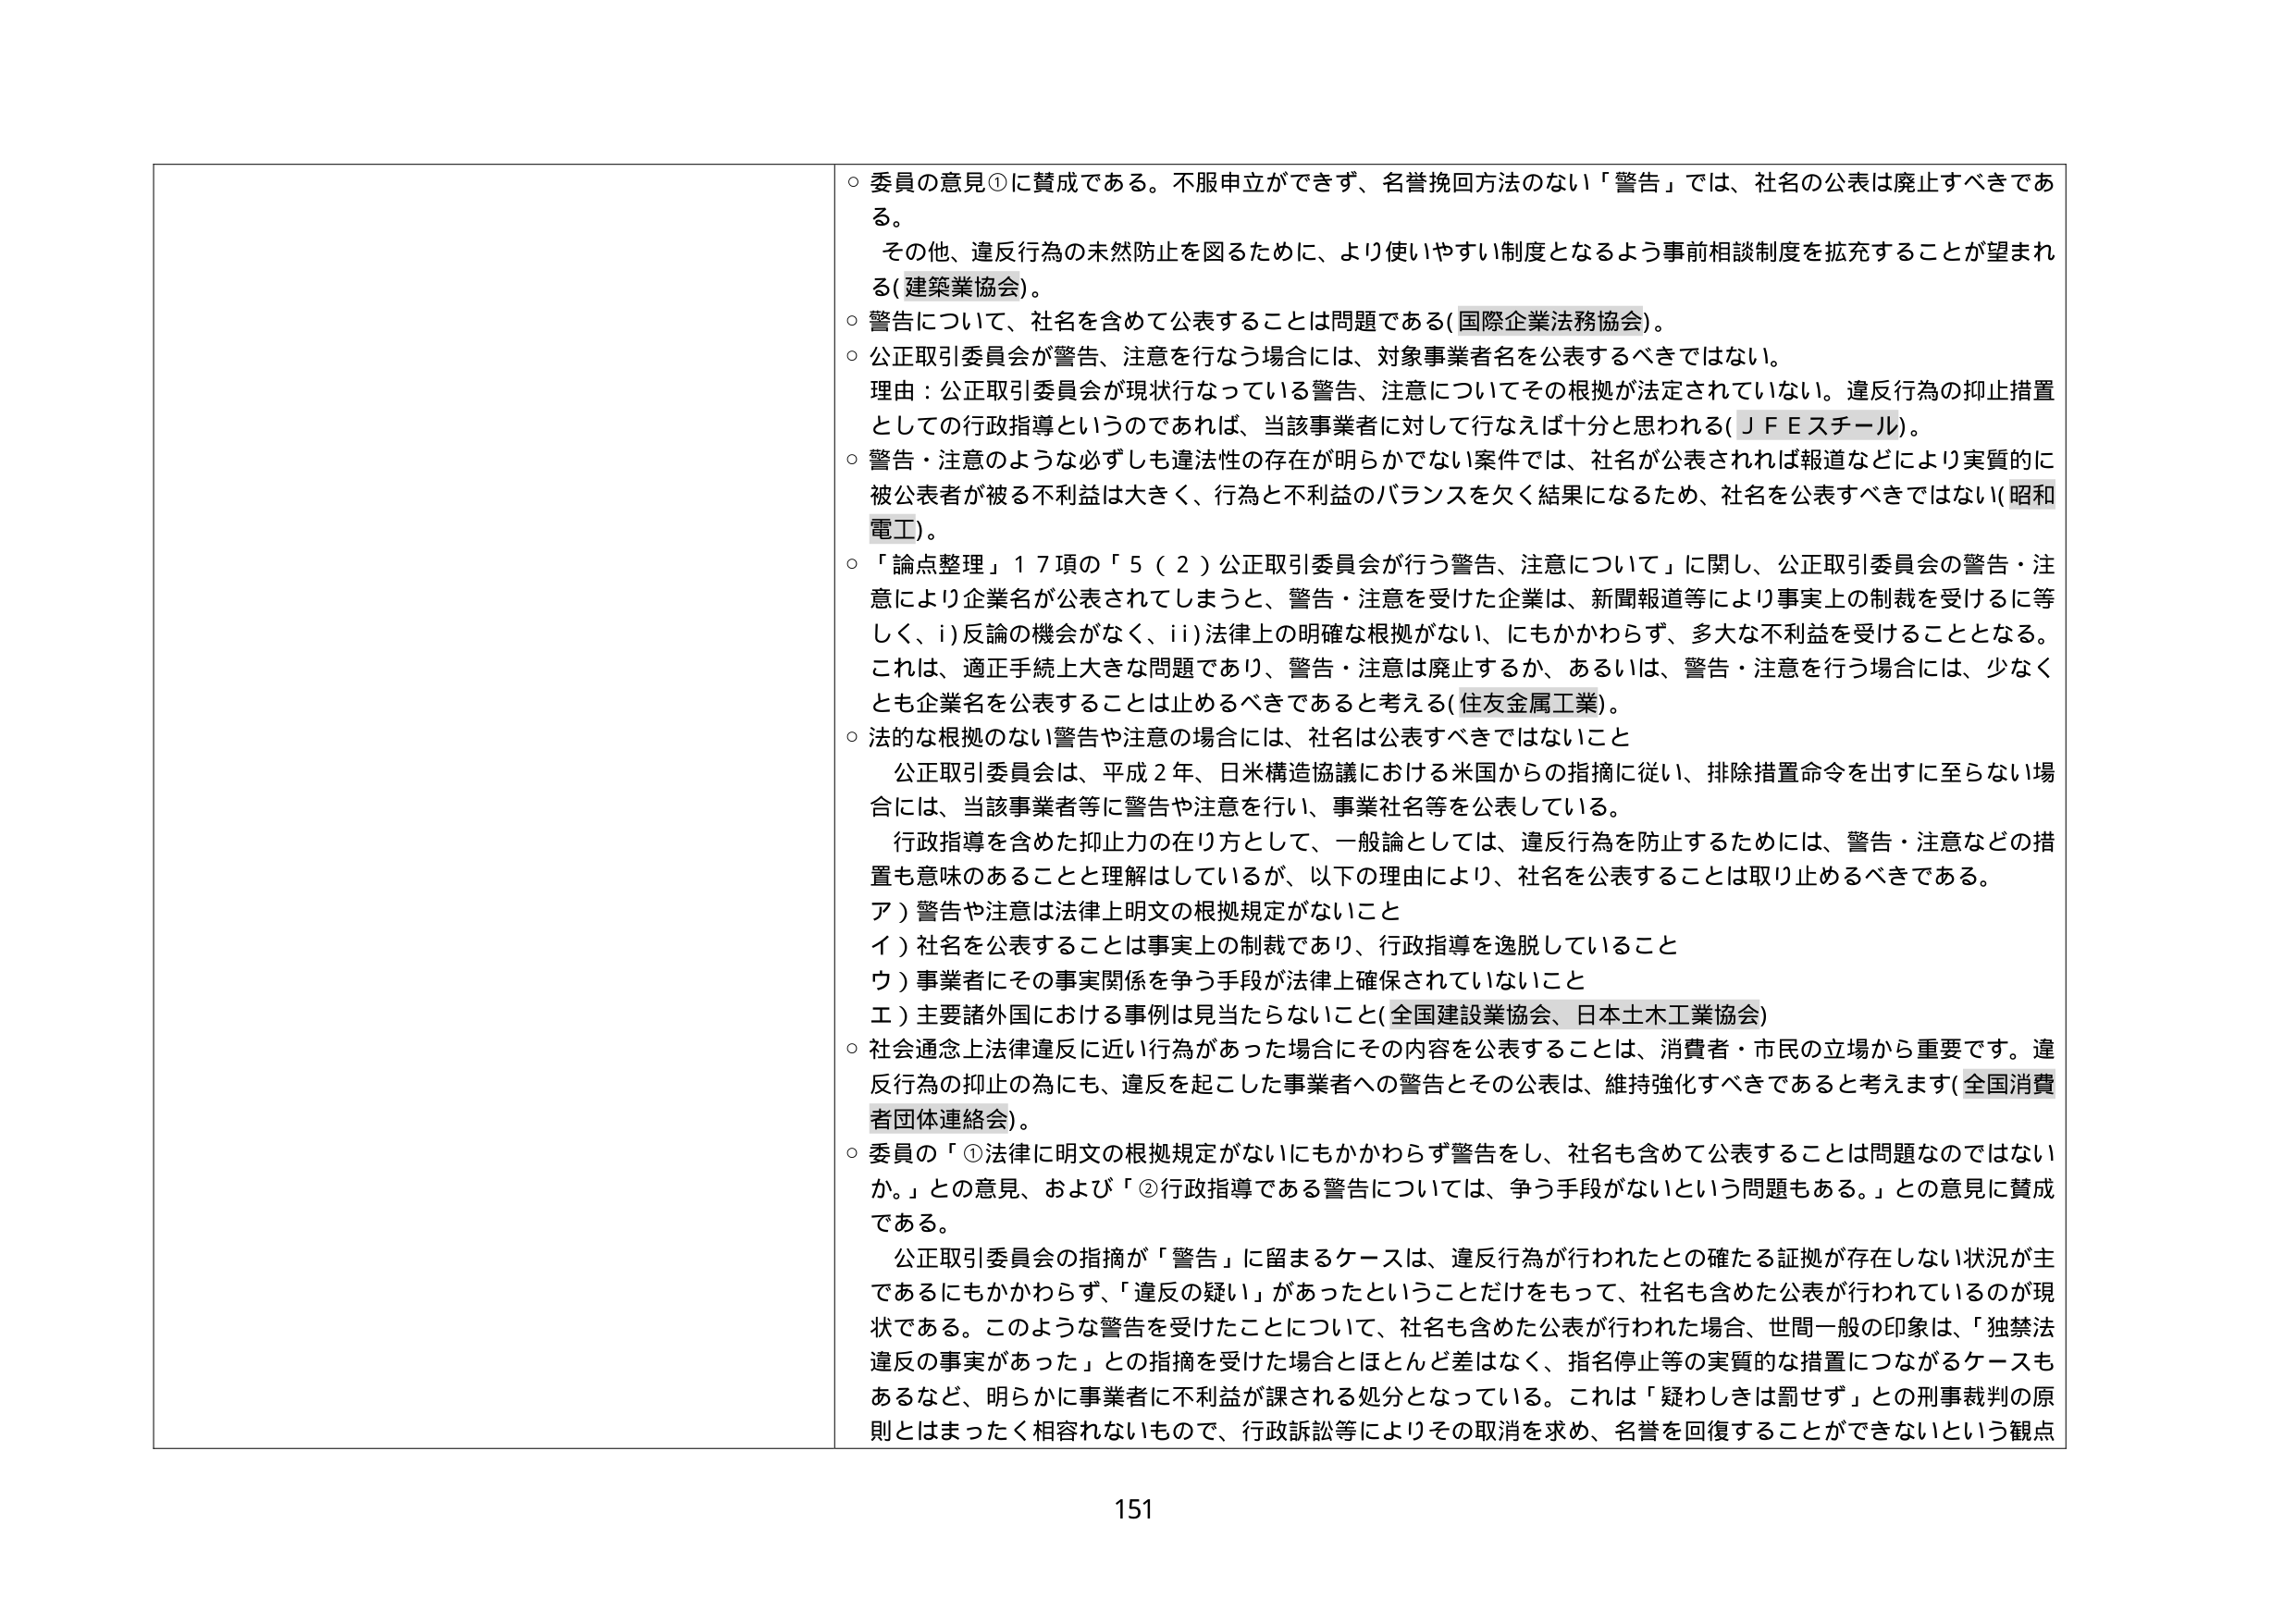
○ 委員の意見①に賛成である。不服申立ができず、名誉挽回方法のない「警告」では、社名の公表は廃止すべきである。
　その他、違反行為の未然防止を図るために、より使いやすい制度となるよう事前相談制度を拡充することが望まれる（建築業協会）。
○ 警告について、社名を含めて公表することは問題である（国際企業法務協会）。
○ 公正取引委員会が警告、注意を行なう場合には、対象事業者名を公表するべきではない。
　理由：公正取引委員会が現状行なっている警告、注意についてその根拠が法定されていない。違反行為の抑止措置としての行政指導というのであれば、当該事業者に対して行なえば十分と思われる（ＪＦＥスチール）。
○ 警告・注意のような必ずしも違法性の存在が明らかでない案件では、社名が公表されれば報道などにより実質的に被公表者が被る不利益は大きく、行為と不利益のバランスを欠く結果になるため、社名を公表すべきではない（昭和電工）。
○ 「論点整理」１７項の「５（２）公正取引委員会が行う警告、注意について」に関し、公正取引委員会の警告・注意により企業名が公表されてしまうと、警告・注意を受けた企業は、新聞報道等により事実上の制裁を受けるに等しく、ⅰ）反論の機会がなく、ⅱ）法律上の明確な根拠がない、にもかかわらず、多大な不利益を受けることとなる。これは、適正手続上大きな問題であり、警告・注意は廃止するか、あるいは、警告・注意を行う場合には、少なくとも企業名を公表することは止めるべきであると考える（住友金属工業）。
○ 法的な根拠のない警告や注意の場合には、社名は公表すべきではないこと
　公正取引委員会は、平成２年、日米構造協議における米国からの指摘に従い、排除措置命令を出すに至らない場合には、当該事業者等に警告や注意を行い、事業社名等を公表している。
　行政指導を含めた抑止力の在り方として、一般論としては、違反行為を防止するためには、警告・注意などの措置も意味のあることと理解はしているが、以下の理由により、社名を公表することは取り止めるべきである。
　ア）警告や注意は法律上明文の根拠規定がないこと
　イ）社名を公表することは事実上の制裁であり、行政指導を逸脱していること
　ウ）事業者にその事実関係を争う手段が法律上確保されていないこと
　エ）主要諸外国における事例は見当たらないこと（全国建設業協会、日本土木工業協会）
○ 社会通念上法律違反に近い行為があった場合にその内容を公表することは、消費者・市民の立場から重要です。違反行為の抑止の為にも、違反を起こした事業者への警告とその公表は、維持強化すべきであると考えます（全国消費者団体連絡会）。
○ 委員の「①法律に明文の根拠規定がないにもかかわらず警告をし、社名も含めて公表することは問題なのではないか。」との意見、および「②行政指導である警告については、争う手段がないという問題もある。」との意見に賛成である。
　公正取引委員会の指摘が「警告」に留まるケースは、違反行為が行われたとの確たる証拠が存在しない状況が主であるにもかかわらず、「違反の疑い」があったということだけをもって、社名も含めた公表が行われているのが現状である。このような警告を受けたことについて、社名も含めた公表が行われた場合、世間一般の印象は、「独禁法違反の事実があった」との指摘を受けた場合とほとんど差はなく、指名停止等の実質的な措置につながるケースもあるなど、明らかに事業者に不利益が課される処分となっている。これは「疑わしきは罰せず」との刑事裁判の原則とはまったく相容れないもので、行政訴訟等によりその取消を求め、名誉を回復することができないという観点

151